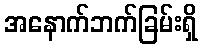
အနောက်ဘက်ခြမ်းရှိ